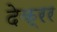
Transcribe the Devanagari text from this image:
देक्रर